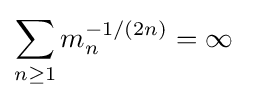
\sum _{n\geq 1}m_{n}^{-1/(2n)}=\infty ~